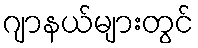
ဂျာနယ်များတွင်